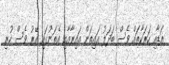
އަޑާއި ހަރަކާތައް ވެސް ބަދަލު އައިތަން އައިރާއާއި އެތަނުގައި އޭރު ވެސް ހުރި